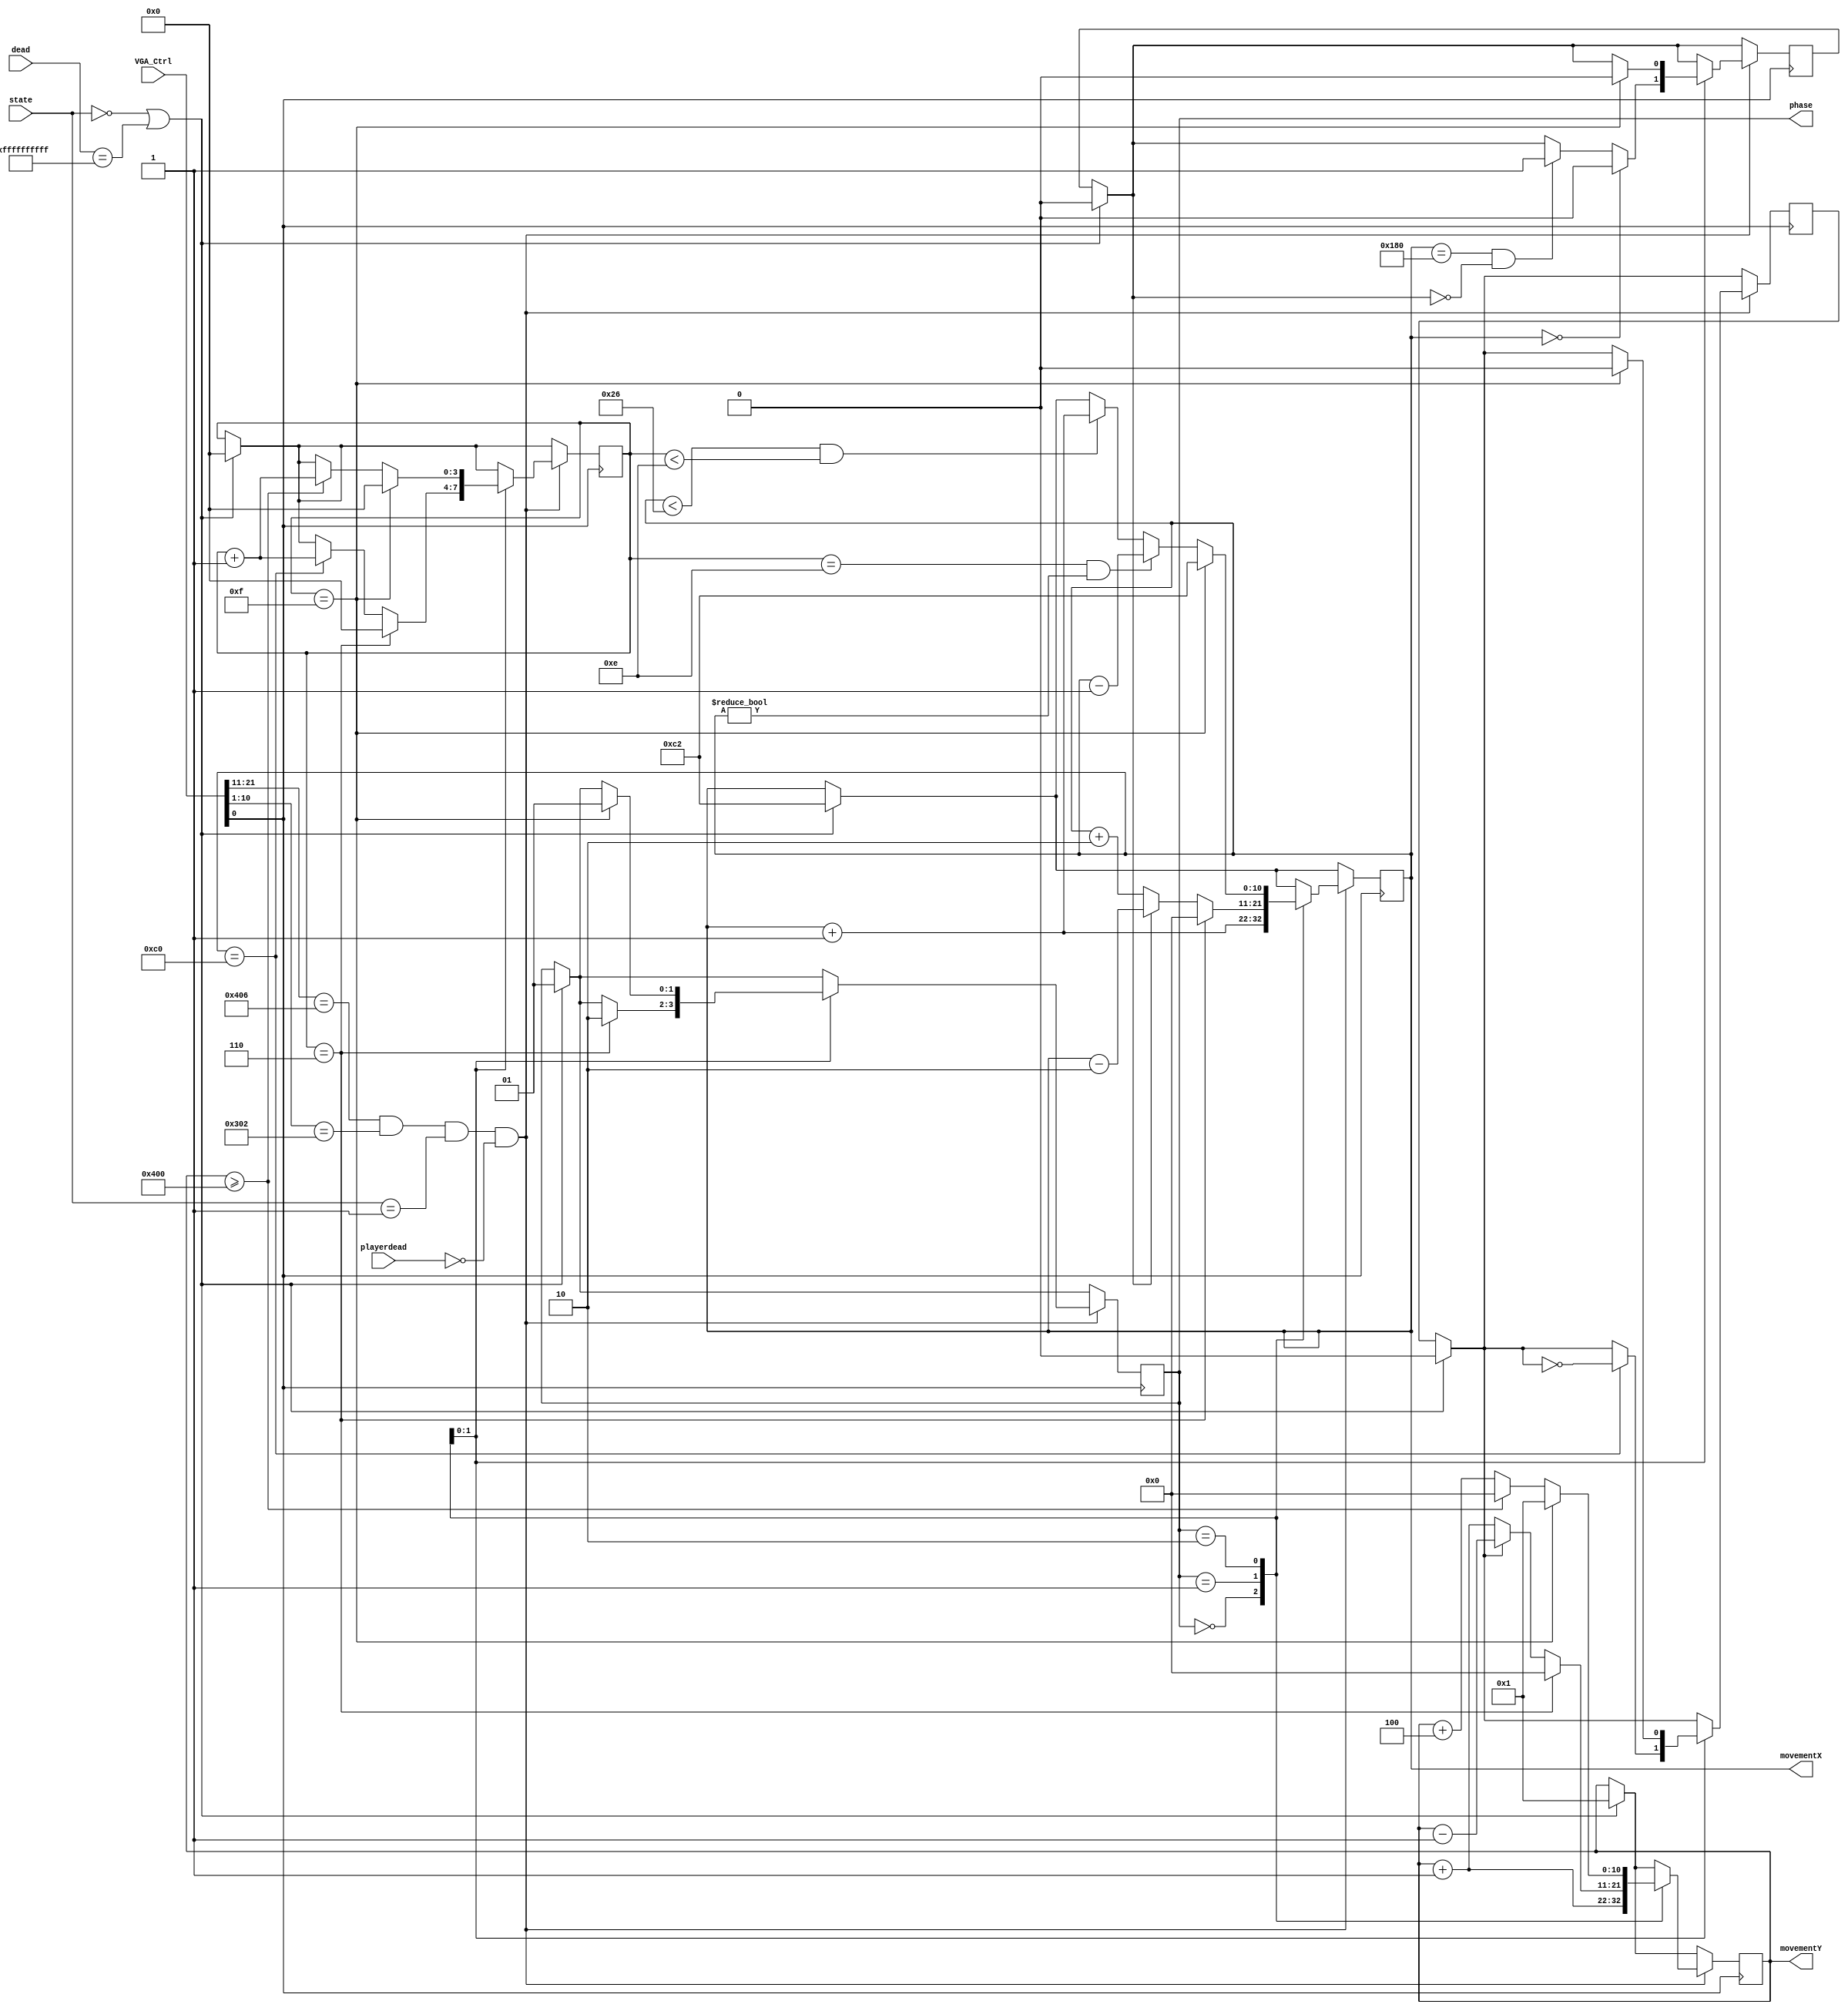
`timescale 1ns / 1ps
//////////////////////////////////////////////////////////////////////////////////
// Company: 
// Engineer: 
// 
// Design Name: 
// Module Name: enemy_movement
// Project Name: Galaga
// Target Devices: 
// Tool Versions: 
// Description: 
// 
// Dependencies: 
// 
// Revision:
// Revision 0.01 - File Created
// Additional Comments:
// 
//////////////////////////////////////////////////////////////////////////////////


module enemy_movement(
input [24:0] VGA_Ctrl,
input [1:0] state,
input [39:0] dead,
input playerdead,
output reg [1:0] phase=1,
output reg [10:0] movementX,
output reg [10:0] movementY
    );
    
    reg Xway;
    reg Yway;
    reg [3:0] round;
    
    always@(posedge VGA_Ctrl[0])
           begin
                if (!state || dead==40'hFFFFFFFFFF)
                begin
                    phase<=1;
                    movementX<=194;
                    movementY<=1;
                    round<=0;
                    Xway=0;
                    Yway=0;
                end 
                if (VGA_Ctrl [21:11] == 11'd1030 && VGA_Ctrl [10:1] == 10'd770 && state==1 && !playerdead)
                case(phase)
                    2'd0:   begin
                            movementX<=movementX+1;
                            movementY<=movementY+1;
                            end
                    2'd1:   begin
                            if (!Xway) movementX<=movementX+2;
                            else movementX<=movementX-2;
                            if(!Yway)movementY<=movementY+1;
                            else movementY<=movementY-1;
                            if (movementX == 11'd384 && !Xway) Xway<=1;                           
                            if (!movementX) Xway<=0;                           
                            if (movementX == 11'd192) 
                            begin
                                Yway<=~Yway;
                                round<=round+1;
                            end
                            if (round==4'd6) 
                            begin
                            phase<=2;
                            round<=0;
                            movementY<=0;
                            movementX<=0;
//                            movementX<=10'd192;
                            end
                            end
                    2'd2:   begin
                            movementY<=movementY+4;
                            if(movementX<38 && round<14)movementX<=movementX+1;                           
                            if (round==4'd14 && movementX!=0)movementX<=movementX-1;
                            if (movementY>=11'd1024)
                            begin
                                round<=round+1;
                                movementY<=0;
                            end
                            if (round==4'd15) 
                            begin
                            phase<=1;
                            round<=0;
                            Yway<=0;
                            Xway<=0;
                            movementY<=11'd1;
                            movementX<=11'd194;
                            end                            
                            end
                endcase                    
            end    
    
endmodule